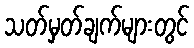
သတ်မှတ်ချက်များတွင်